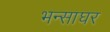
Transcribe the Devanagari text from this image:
भन्साघर